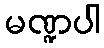
မဏ္ဍပါ